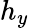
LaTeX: h_{y}